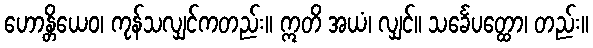
ဟောန္တိယေဝ၊ ကုန်သလျှင်ကတည်း။ ဣတိ အယံ၊ လျှင်။ သင်္ခေပတ္ထော၊ တည်း။